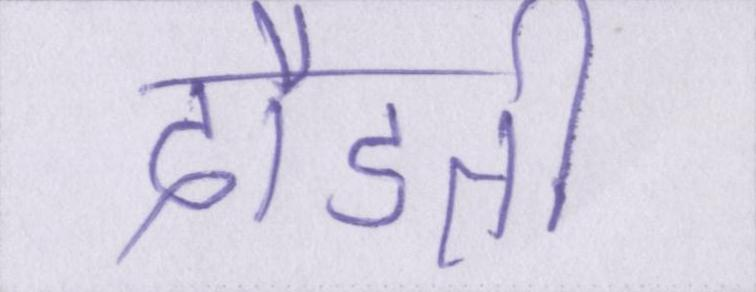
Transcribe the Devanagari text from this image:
दौडती